Note on the mental hospitals in Burma - 1925-1940
Year: 1925
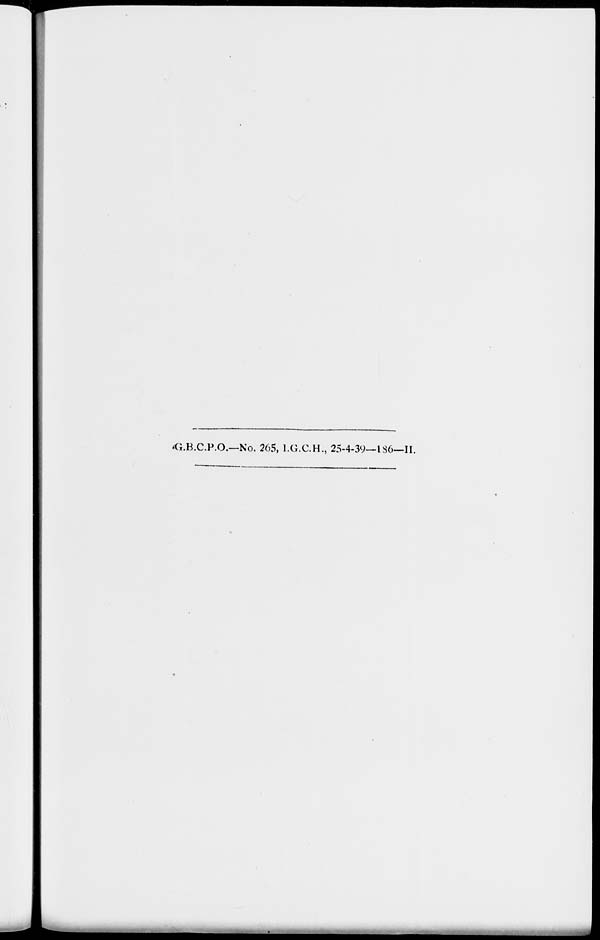
G.B.C.P.O.—No. 265, I.G.C.H., 25-4-39—186—II.